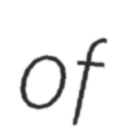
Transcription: of